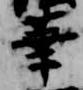
華